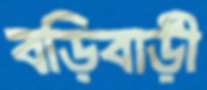
বড়িবাড়ী